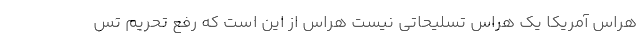
هراس آمریکا یک هراس تسلیحاتی نیست هراس از این است که رفع تحریم تس